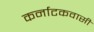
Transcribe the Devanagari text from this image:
कर्नाटकवासी